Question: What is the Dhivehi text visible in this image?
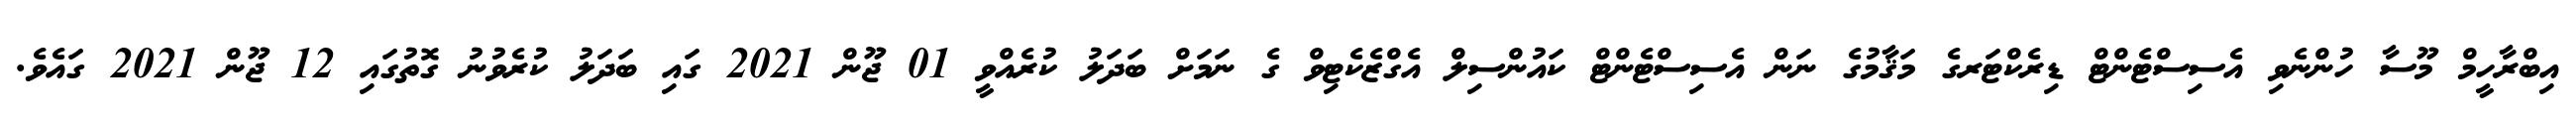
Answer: އިބްރާހީމް މޫސާ ހުންނެވި އެސިސްޓެންޓް ޑިރެކްޓަރގެ މަޤާމުގެ ނަން އެސިސްޓެންޓް ކައުންސިލް އެގްޒެކެޓިވް ގެ ނަމަށް ބަދަލު ކުރެއްވީ 01 ޖޫން 2021 ގައި ބަދަލު ކުރެވުނު ގޮތުގައި 12 ޖޫން 2021 ގައެވެ.